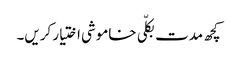
کچھ مدت بکلّی خاموشی اختیار کریں۔